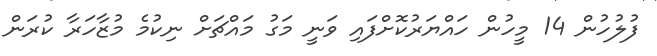
ފުލުހުން 14 މީހުން ހައްޔަރުކޮށްފައި ވަނީ މަގު މައްޗަށް ނިކުމެ މުޒާހަރާ ކުރަން